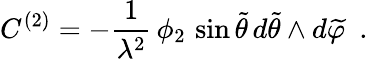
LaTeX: C^{(2)}=-\frac{1}{\lambda^{2}}\, \phi_{2}\, \sin{\widetilde\theta}\, d{\widetilde\theta}\wedge d{\widetilde\varphi}~~.